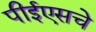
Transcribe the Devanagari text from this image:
पीईएसचे